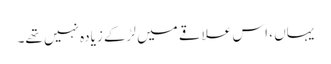
یہاں ، اس علاقے میں لڑکے زیادہ نہیں تھے۔